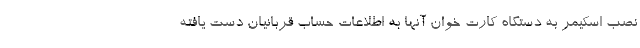
نصب اسکیمر به دستگاه کارت خوان آنها به اطلاعات حساب قربانیان دست یافته